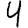
Digit: 4